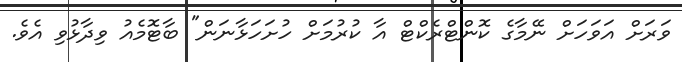
ވަރަށް އަވަހަށް ނޭމާގެ ކޮންޓްރެކްޓް އާ ކުރުމަށް ހުށަހަޅާނަން" ބާޓޮމެއު ވިދާޅުވި އެވެ.